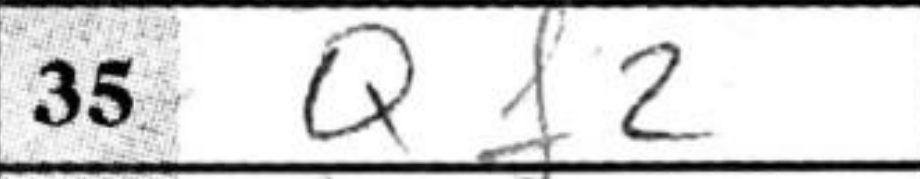
Transcription: Qf2